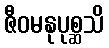
ဇီဝမနုပုစ္ဆသိ